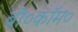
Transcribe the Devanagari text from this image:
बी०कॉम०